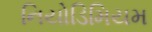
નિયોડિમિયમ